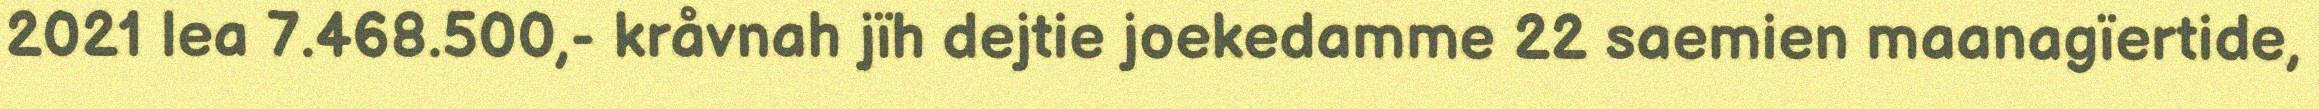
2021 lea 7.468.500,- kråvnah jïh dejtie joekedamme 22 saemien maanagïertide,